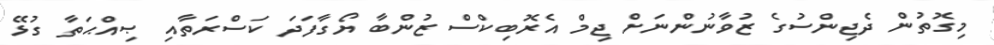
މިގޮތުން ދެޖިންސުގެ ޒުވާނުންނަށް ޖިމް އެރޮބިކްސް ޒުންބާ ޔޯގާފަދަ ކަސްރަތާއި ޞިިއްޙަތާ ގުޅޭ